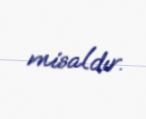
misaldır.